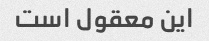
این معقول است